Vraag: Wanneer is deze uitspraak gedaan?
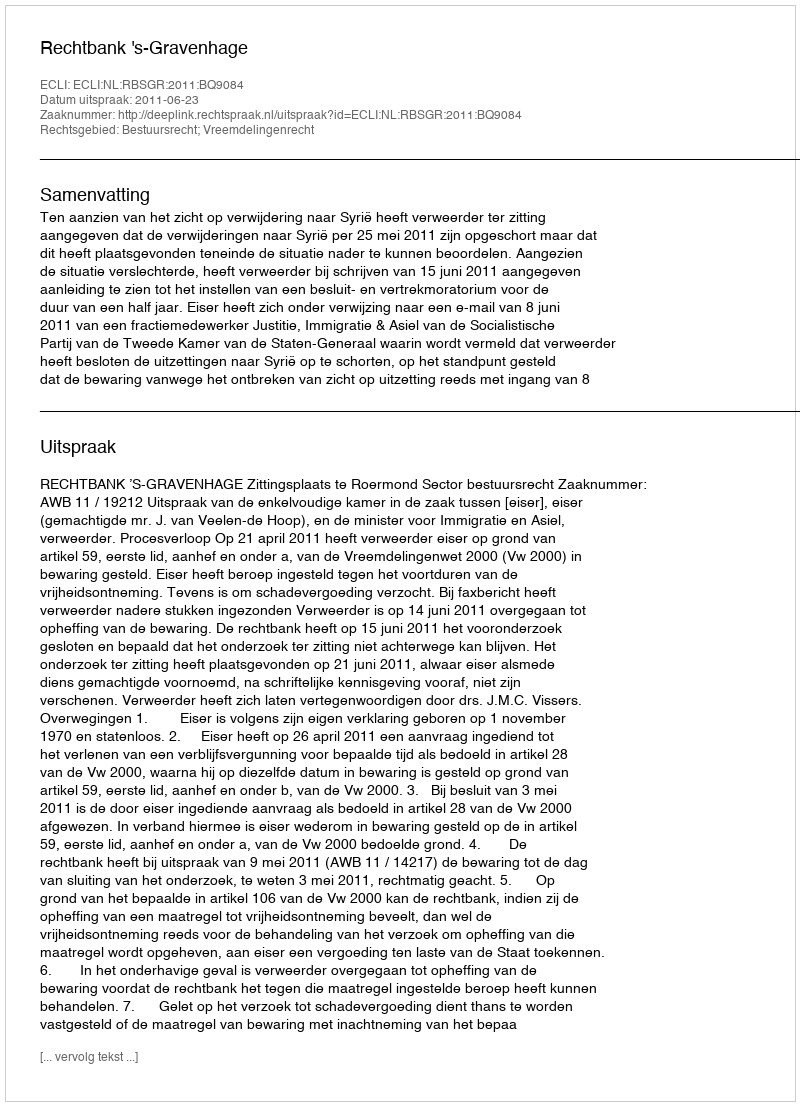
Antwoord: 2011-06-23